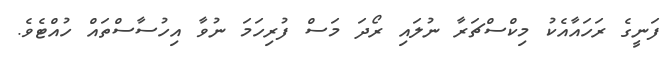
ފަނީގެ ރަހައާއެކު މިކްސްޗަރާ ނުލައި ރޯދަ މަސް ފުރިހަމަ ނުވާ އިހުސާސްތައް ހުއްޓެވެ.